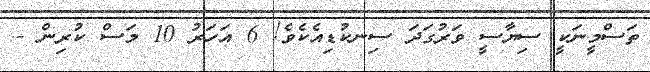
ތަސްމީނަކީ ސިޔާސީ ވަރުގަދަ ސިނކުޑިއެކެވެ! 6 އަހަރު 10 މަސް ކުރިން -